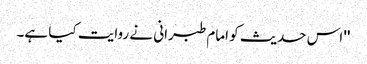
'' اس حدیث کو امام طبرانی نے روایت کیا ہے۔